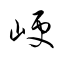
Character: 峺